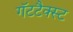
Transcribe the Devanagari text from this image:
गॅटटैक्स्ट